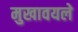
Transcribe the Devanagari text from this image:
मुखावयले